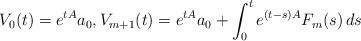
LaTeX: \begin{align*}V_0(t)=e^{tA}a_0, V_{m+1}(t)=e^{tA}a_0+\int_0^t e^{(t-s)A}F_m(s)\,ds\end{align*}